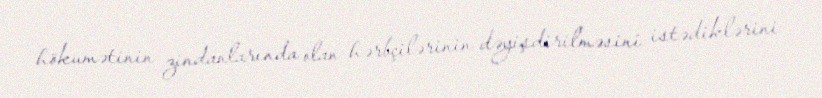
hökumətinin zindanlarında olan hərbçilərinin dəyişdirilməsini istədiklərini